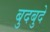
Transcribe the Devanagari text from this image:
बुदबुदे